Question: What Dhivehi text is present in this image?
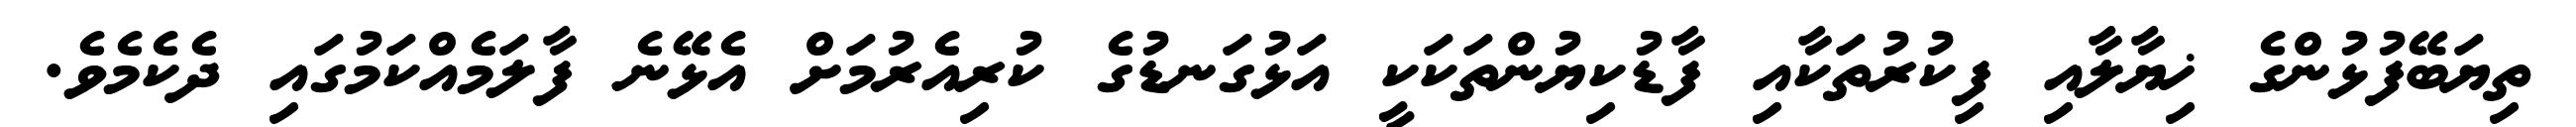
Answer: ތިޔަބޭފުޅުންގެ ޚިޔާލާއި ފިކުރުތަކާއި ފާޑުކިޔުންތަކަކީ އަޅުގަނޑުގެ ކުރިއެރުމަށް އެޅޭނެ ފާލަމެއްކަމުގައި ދެކެމެވެ.